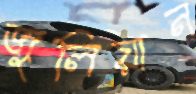
জুলিয়ান